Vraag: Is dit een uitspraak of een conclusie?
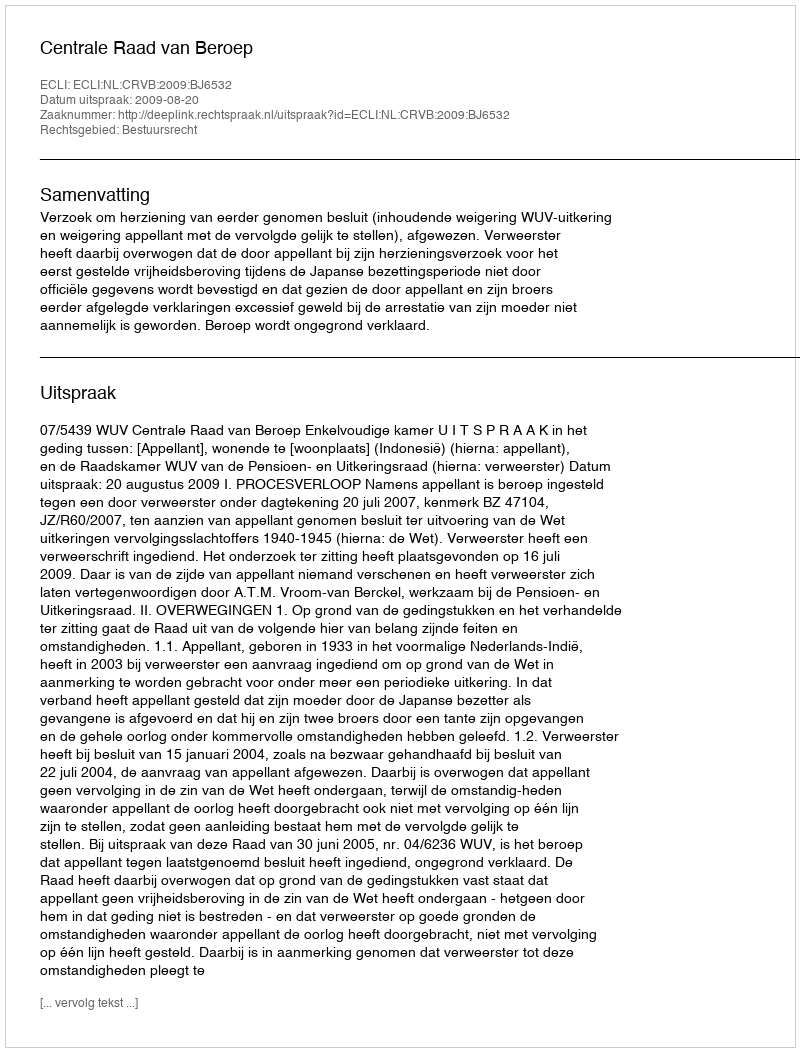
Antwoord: Uitspraak